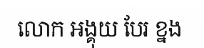
លោក អង្គុយ បែរ ខ្នង